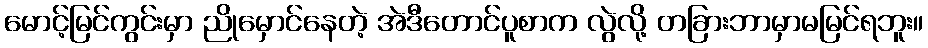
မောင့်မြင်ကွင်းမှာ ညိုမှောင်နေတဲ့ အဲဒီတောင်ပူစာက လွဲလို့ တခြားဘာမှာမမြင်ရဘူး။